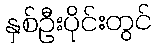
နှစ်ဦးပိုင်းတွင်